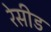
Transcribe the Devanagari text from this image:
रेसीड